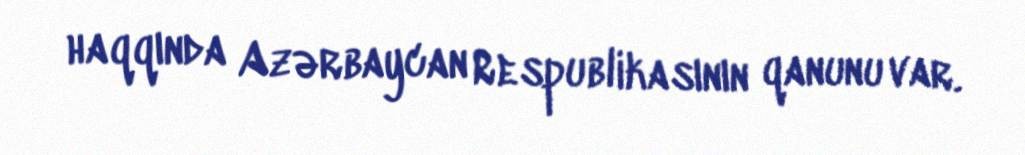
haqqında Azərbaycan Respublikasının qanunu var.